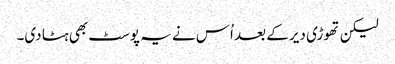
لیکن تھوڑی دیر کے بعد اُس نے یہ پوسٹ بھی ہٹا دی۔